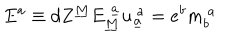
LaTeX: E ^ { a } \equiv d Z ^ { \underline { { { M } } } } E _ { \underline { { { M } } } } ^ { ~ \underline { { { a } } } } u _ { \underline { { { a } } } } ^ { ~ a } = e ^ { b } m _ { b } ^ { ~ a } \qquad